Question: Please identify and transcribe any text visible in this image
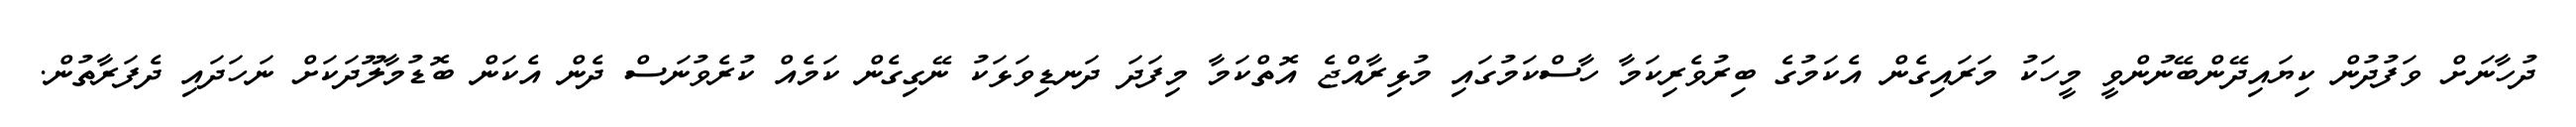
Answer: ދުހާނަށް ވަފުދުން ކިޔައިދޭންބޭނުންވީ މީހަކު މަރައިގެން އެކަމުގެ ބިރުވެރިކަމާ ހާސްކަމުގައި މުޅިރާއްޖެ އޮތްކަމާ މިފަދަ ދަނޑިވަޅަކު ނޭގިގެން ކަމެއް ކުރެވުނަސް ދެން އެކަން ބޮޑުމާލޫދަކަށް ނަހަދައި ދެފަރާތުން.